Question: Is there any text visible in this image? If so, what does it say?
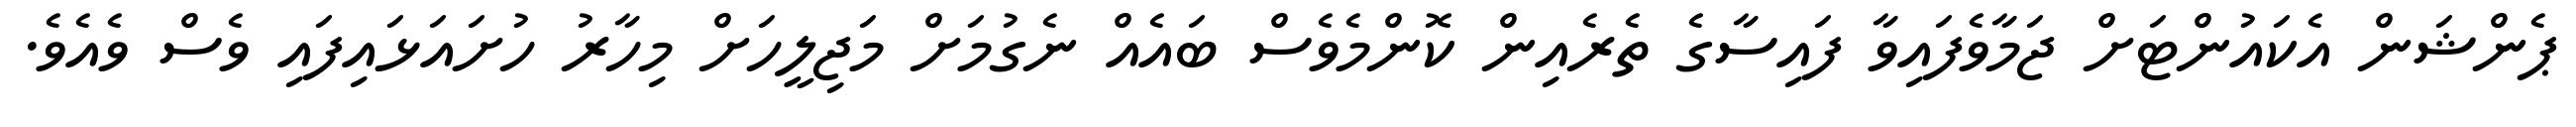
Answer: ޕެންޝަން އެކައުންޓަށް ޖަމާވެފައިވާ ފައިސާގެ ތެރެއިން ކޮންމެވެސް ބައެއް ނެގުމަށް މަޖިލީހަށް މިހާރު ހުށައަޅައިފައި ވެސް ވެއެވެ.